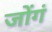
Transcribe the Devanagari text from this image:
जोंगं